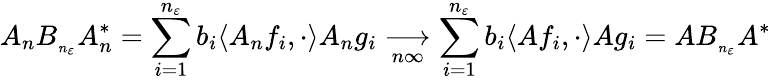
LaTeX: A_{n}B_{_{n_{\varepsilon}}}A_{n}^{*}=\sum_{i=1}^{n_{\varepsilon}}b_{i}\langle A_{n}f_{i},\cdot\rangle A_{n}g_{i}\underset{n\infty}{\longrightarrow}\sum_{i=1}^{n_{\varepsilon}}b_{i}\langle Af_{i},\cdot\rangle Ag_{i}=AB_{_{n_{\varepsilon}}}A^{*}